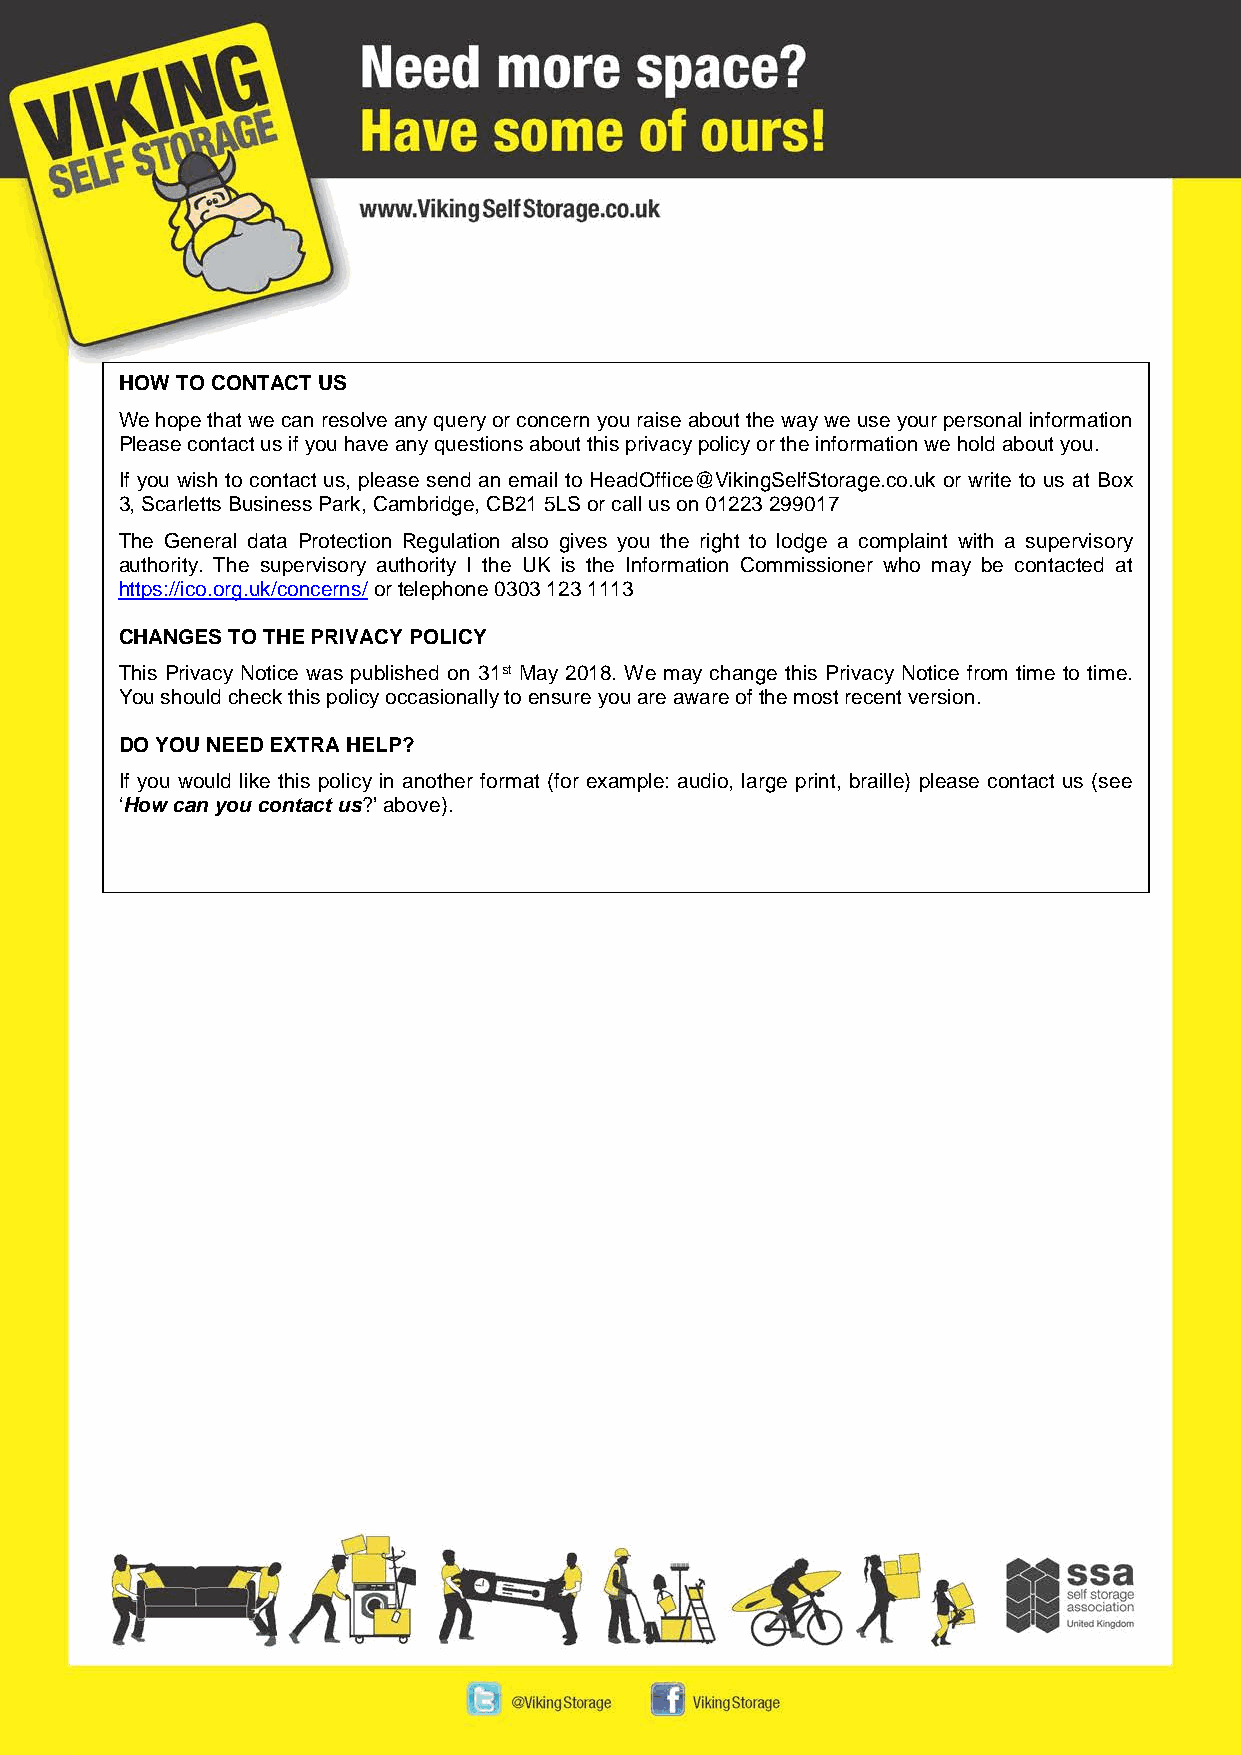
HOW TO CONTACT US
 We hope that we can resolve any query or concern you raise about the way we use your personal information
 Please contact us if you have any questions about this privacy policy or the information we hold about you.
 If you wish to contact us, please send an email to HeadOffice@VikingSelfStorage.co.uk or write to us at Box
 3, Scarletts Business Park, Cambridge, CB21 5LS or call us on 01223 299017
 The General data Protection Regulation also gives you the right to lodge a complaint with a supervisory
 authority. The supervisory authority I the UK is the Information Commissioner who may be contacted at
 https://ico.org.uk/concerns/ or telephone 0303 123 1113
 CHANGES TO THE PRIVACY POLICY
 This Privacy Notice was published on 31st May 2018. We may change this Privacy Notice from time to time.
 You should check this policy occasionally to ensure you are aware of the most recent version.
 DO YOU NEED EXTRA HELP?
 If you would like this policy in another format (for example: audio, large print, braille) please contact us (see
 ‘How can you contact us?’ above).